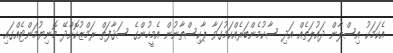
އެކަމަކު އިސްލާން ދައުލަތެއް އަދި ސާކުމެންބަރެއްކަމުގަވާ ޕާކިސްތާނުން އެމީހުންގެ ސަޤާފަތް ރަމްޒުކޮށްދޭ މޮނިޔުމަންޓެއްގައި